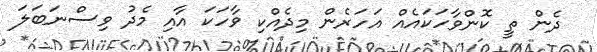
ދެން ތީ ކޮންވާހަކައެއް އަހަރެން މިދެއްކި ވާހަކަ އާއި މެދު ވިސްނަބަލަ